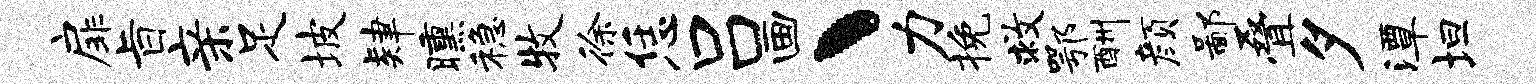
扉旨亲足坡肄曛稳牧徐恁吕画丶力挽救鄂酬颜鄙叠夕潭坦